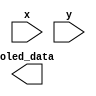
`timescale 1ns / 1ps
//////////////////////////////////////////////////////////////////////////////////
// Company: 
// Engineer: 
// 
// Design Name: 
// Module Name: wrong_tick
// Project Name: 
// Target Devices: 
// Tool Versions: 
// Description: 
// 
// Dependencies: 
// 
// Revision:
// Revision 0.01 - File Created
// Additional Comments:
// 
//////////////////////////////////////////////////////////////////////////////////


module wrong_tick(
    input [6:0] x,
    input [6:0] y,
    output [15:0] oled_data
    );
endmodule